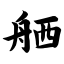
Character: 舾